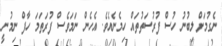
ނެގުމަށް ލިބުނު ހުސް ފުރުސަތުތައް ހިމެނެއެވެ. އެހެން ނަމަވެސް ފުރަތަމަ ހާފް ނިމުނީ